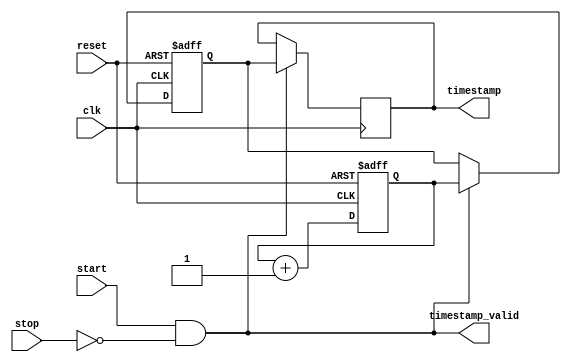
module time_stamping_timer (
    input wire clk,
    input wire reset,
    input wire start,
    input wire stop,
    output reg [63:0] timestamp,
    output wire timestamp_valid
);

reg [63:0] counter;
reg [63:0] timestamp_reg;
wire clk_sync;

// Synchronization block
always @(posedge clk or posedge reset) begin
    if (reset) begin
        counter <= 64'd0;
    end else begin
        counter <= counter + 1;
    end
end

// Clock synchronization
assign clk_sync = clk;

// Timing control
always @(posedge clk_sync or posedge reset) begin
    if (reset) begin
        timestamp_reg <= 64'd0;
    end else if (start && ~stop) begin
        timestamp_reg <= counter;
    end
end

// Output timestamp value
assign timestamp_valid = (start && ~stop);
always @(posedge clk_sync) begin
    if (timestamp_valid) begin
        timestamp <= timestamp_reg;
    end
end

endmodule